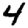
Digit: 4